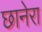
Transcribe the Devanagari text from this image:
छानेरा